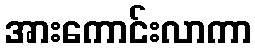
အားကောင်းလာကာ